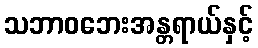
သဘာဝဘေးအန္တရာယ်နှင့်